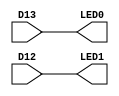
module leds(input wire D13,  //-- IR sensor 1
            input wire D12,  //-- IR sensor 2
            output wire LED0,
            output wire LED1);

assign {LED0, LED1} = {D13, D12};

endmodule